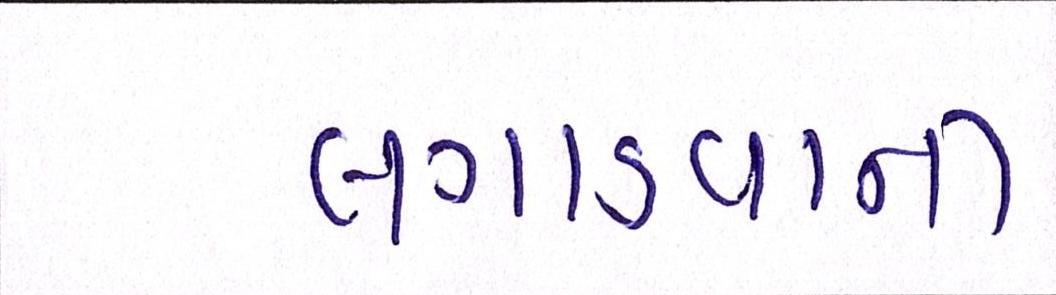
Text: લગાડવાની